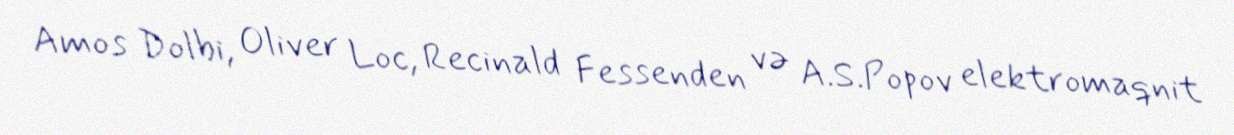
Amos Dolbi, Oliver Loc, Recinald Fessenden və A.S.Popov elektromaqnit